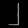
Digit: ၂